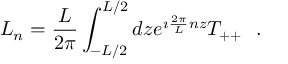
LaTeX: L _ { n } = { \frac { L } { 2 \pi } } \int _ { - L / 2 } ^ { L / 2 } d z e ^ { \imath { \frac { 2 \pi } { L } } n z } T _ { + + } ~ ~ .